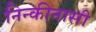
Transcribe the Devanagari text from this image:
निन्कीनासी